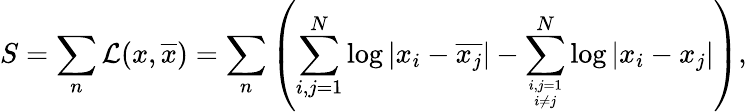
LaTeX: S=\sum_{n}{\cal L}(x,\overline{{{x}}})=\sum_{n}\left(\sum_{i,j=1}^{N}\log|x_{i}-\overline{{{x_{j}}}}|-\sum_{i,j=1\atop i\ne j}^{N}\log|x_{i}-{x_{j}}|\right),